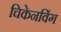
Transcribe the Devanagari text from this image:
चिकेनविंग